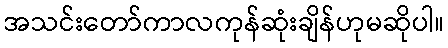
အသင်းတော်ကာလကုန်ဆုံးချိန်ဟုမဆိုပါ။